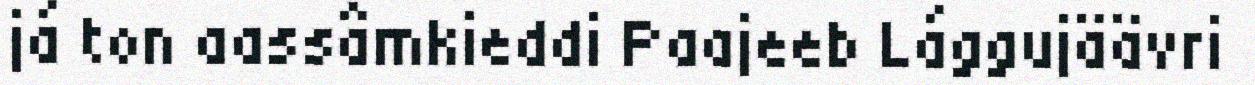
já ton aassâmkieddi Paajeeb Lággujäävri